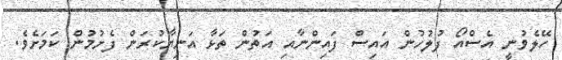
ހޭލެވުނީ އެސްއޯ ފުލުހުން އައިސް ފައިންނާއި އަތުން ތަޅާ އަނިޔާކުރަން ފެށުމުން ކަމަށެވެ.